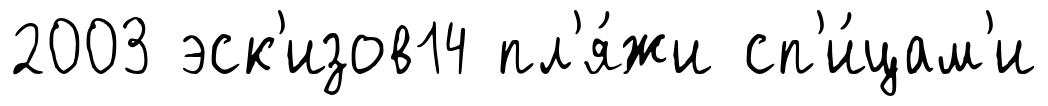
2003 эск'изов14 пл'я́жи сп'и́цам'и